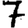
Digit: 7